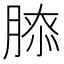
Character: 𦞃